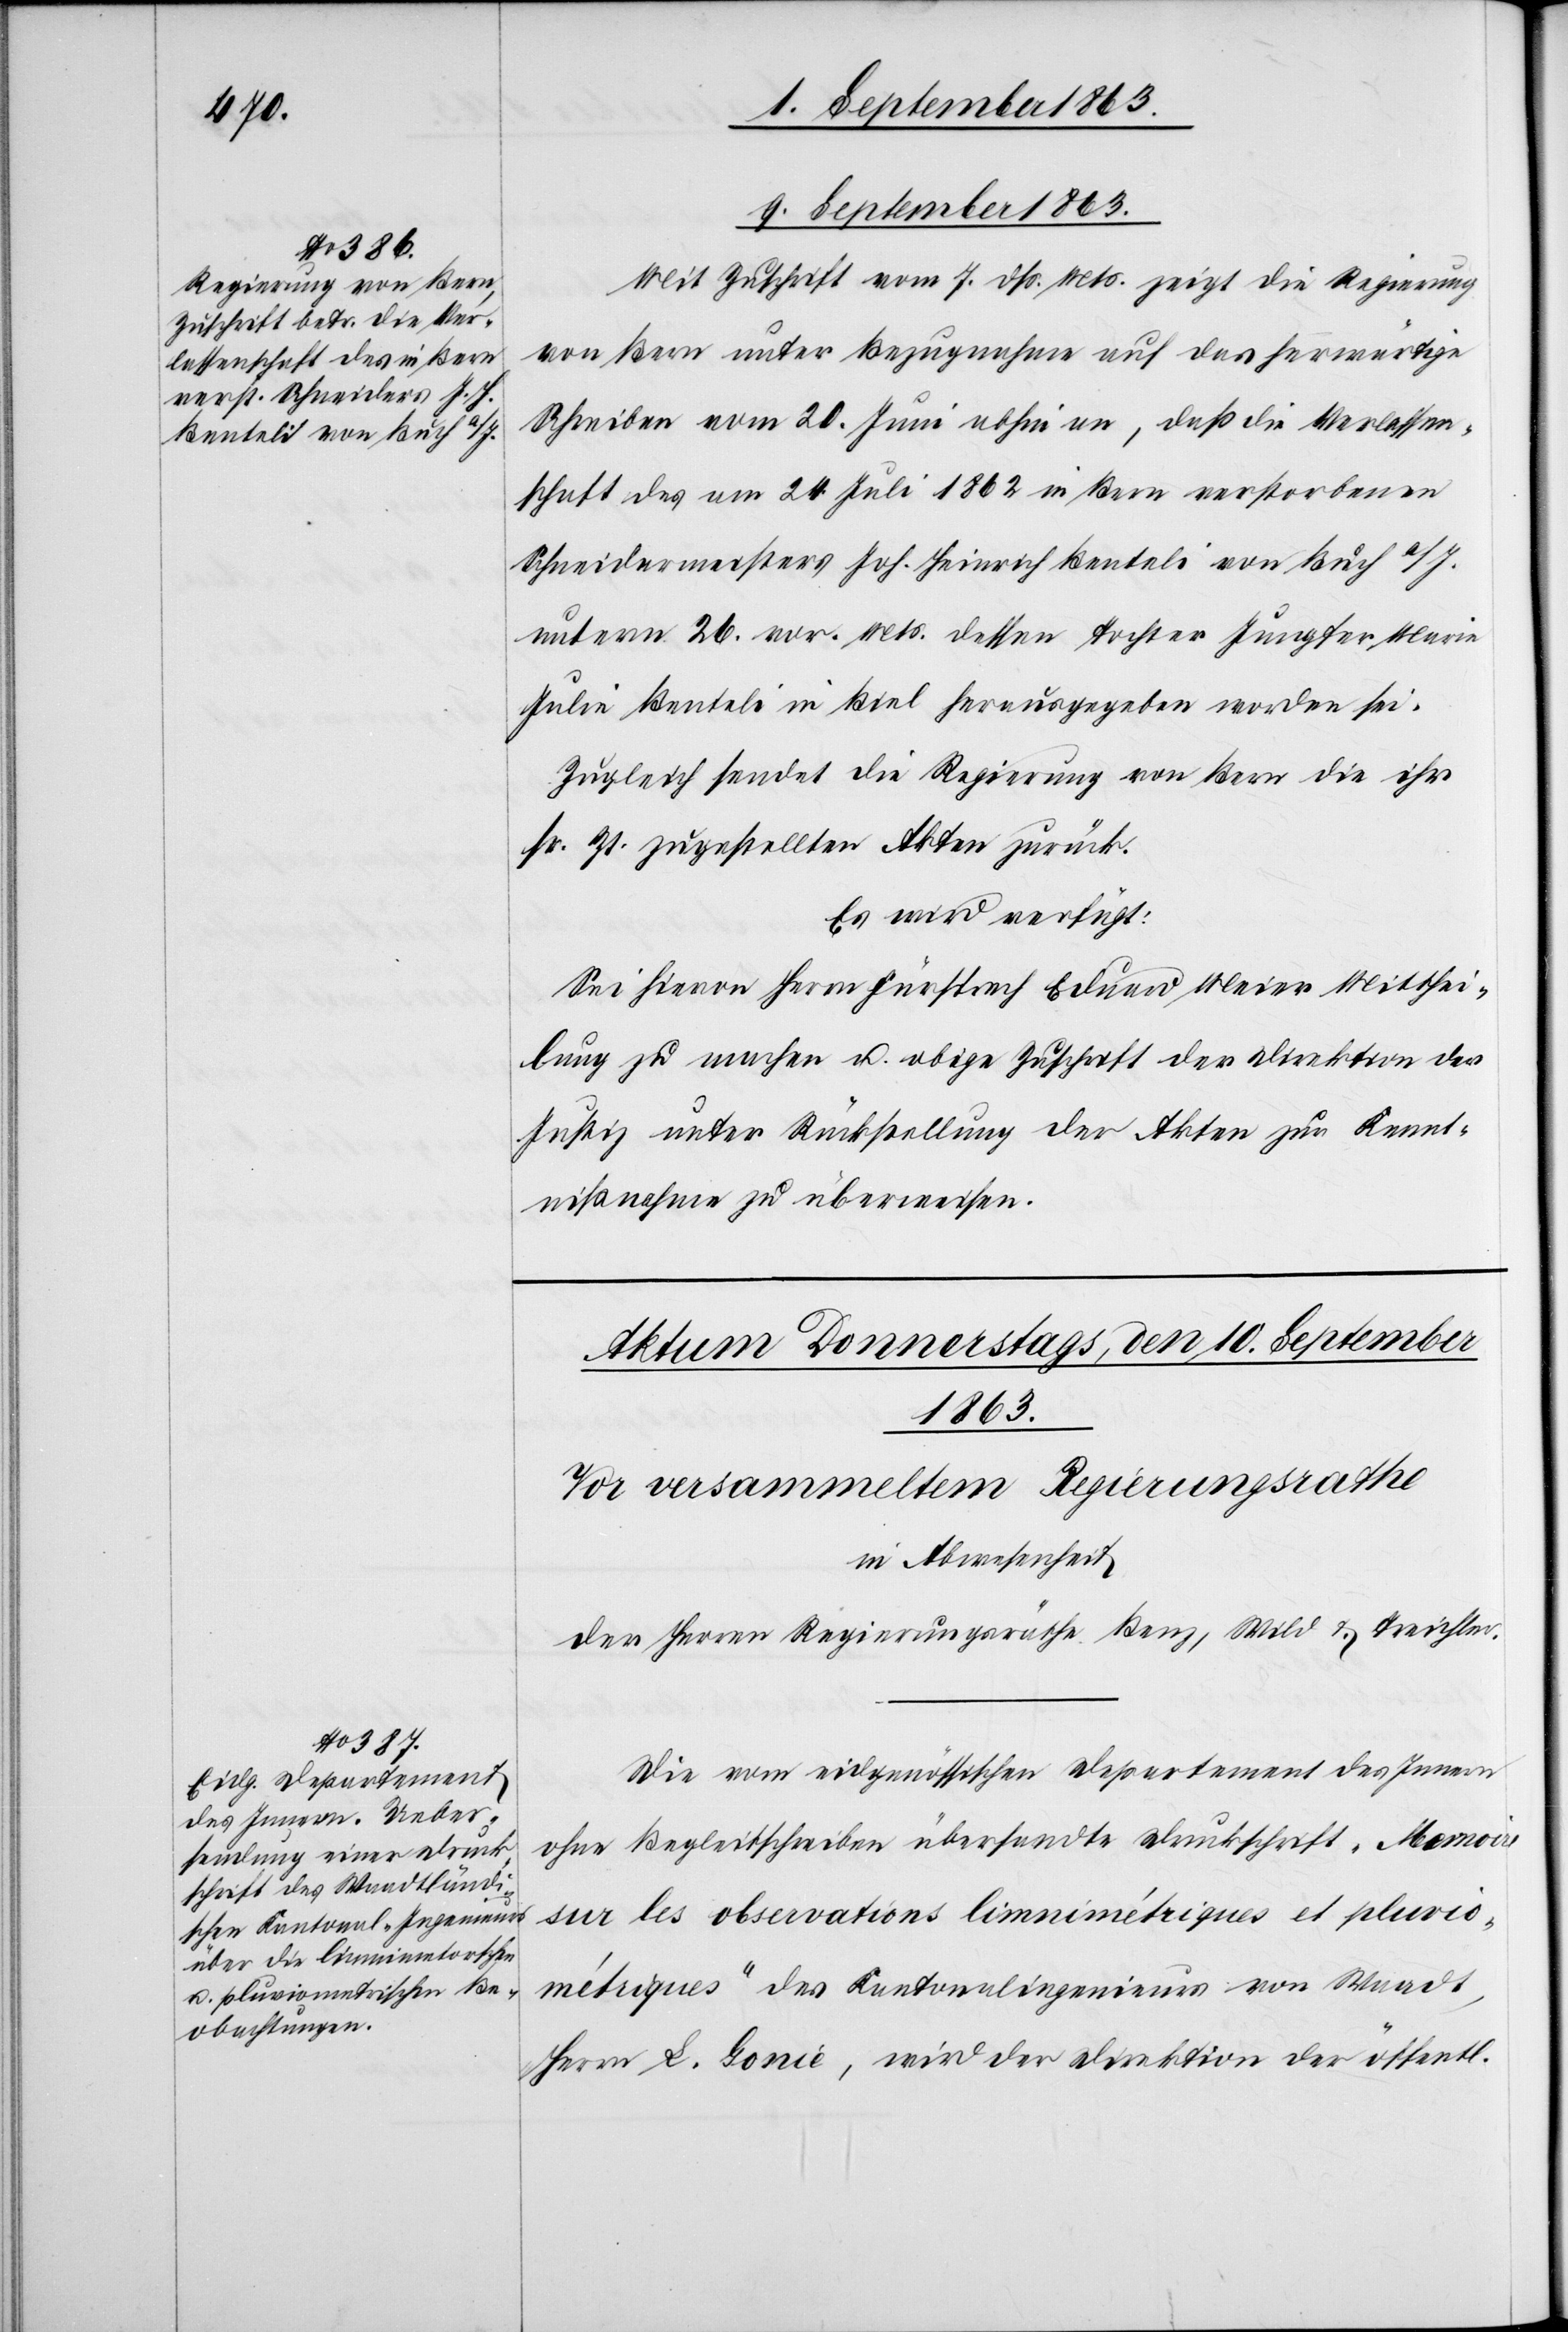
9. September 1863.
Mit Zuschrift vom 7. dß. Mts. zeigt die Regierung
von Bern unter Bezugnahme auf das herwärtige
Schreiben vom 20. Juni abhin an, daß die Verlassen¬
schaft des am 24. Juli 1862 in Bern verstorbenen
Schneidermeisters Joh. Heinrich Benteli von Buch a/I.
unterm 26. vor. Mts. dessen Tochter Jungfer Maria
Julie Benteli in Biel herausgegeben worden sei.
Zugleich sendet die Regierung von Bern die ihr
sr. Zt. zugestellten Akten zurück.
Es wird verfügt:
Sei hievon Herrn Fürsprech Eduard Meier Mitthei¬
lung zu machen u. obige Zuschrift der Direktion der
Justiz unter Rückstellung der Akten zur Kennt¬
nißnahme zu überweisen.
Die vom eidgenössischen Departement des Innern
ohne Begleitschreiben übersandte Druckschrift „Memoire
sur les observations limnimétriques et pluvio¬
métriques“ des Kantonalingenieurs von Waadt,
Herrn L. Gonie, wird der Direktion der öffentl.